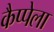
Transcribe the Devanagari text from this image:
कैप्पेला